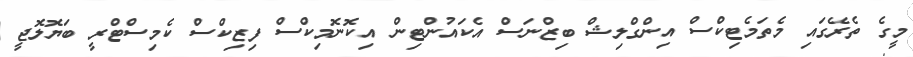
މީގެ ތެރޭގައި މެތަމެޓިކްސް އިންގްލިޝް ބިޒްނަސް އެކައުންޓިން އިކޮނޮމިކްސް ފިޒިކްސް ކެމިސްޓްރީ ބަޔޮލޮޖީ